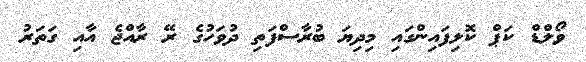
ވޯލްޑް ކަޕް ކޮލިފައިންގައި މިދިޔަ ބުރާސްފަތި ދުވަހުގެ ރޭ ރާއްޖެ އާއި ގަަތަރު